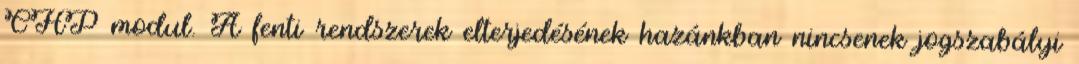
CHP modul. A fenti rendszerek elterjedésének hazánkban nincsenek jogszabályi